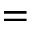
=